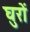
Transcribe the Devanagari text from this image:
घुरों